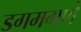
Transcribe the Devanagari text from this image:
डगमगणे